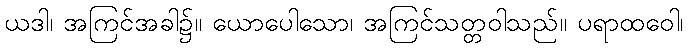
ယဒါ၊ အကြင်အခါ၌။ ယောပေါသော၊ အကြင်သတ္တဝါသည်။ ပရာထဝေါ၊